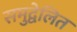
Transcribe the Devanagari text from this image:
समुद्वेलित